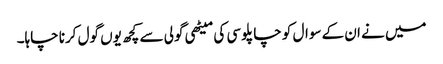
میں نے ان کے سوال کو چاپلوسی کی میٹھی گولی سے کچھ یوں گول کرنا چاہا۔